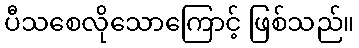
ပီသစေလိုသောကြောင့် ဖြစ်သည်။